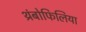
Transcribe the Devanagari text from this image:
थ्रंबोफिलिया